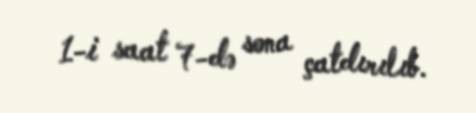
1-i saat 7-də sona çatdırılıb.